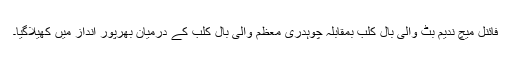
فائنل میچ ندیم بٹ والی بال کلب بمقابلہ چوہدری معظم والی بال کلب کے درمیان بھرپور انداز میں کھیلاگیا۔